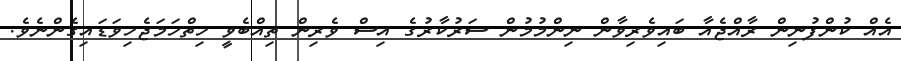
އެއް ކުންފުނިން ރާއްޖެއާ ބައިވެރިވާން ނިންމުމުން ސަރުކާރުގެ އިސް ވެރިން ތިއްބެވީ ހިތްހަމަޖެހިވަޑައިގެންނެވެ.